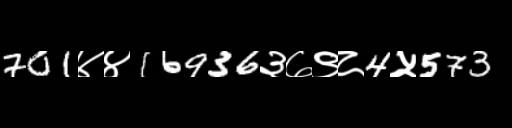
Text: 701४४16936३७९८4५573